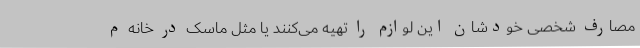
مصارف شخصی خودشان این لوازم را تهیه می‌کنند یا مثل ماسک در خانه م